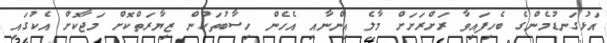
އަޅުގަނޑުމެންގެ ބެހިފައިވާ ރަށްރަށަށް މާލެ އިންނާއި އެހެން ހިސާބުތަކުން ޒިޔާރަތްކޮށް މަޖާކޮށް އެކުގައި